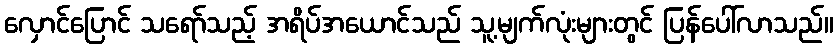
လှောင်ပြောင် သရော်သည့် အရိပ်အယောင်သည် သူ့မျက်လုံးများတွင် ပြန်ပေါ်လာသည်။